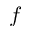
f